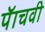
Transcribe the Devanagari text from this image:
पॅाचवी